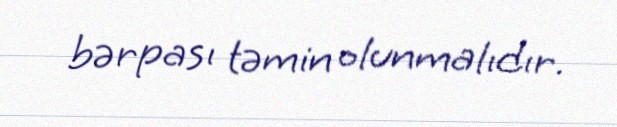
bərpası təmin olunmalıdır.